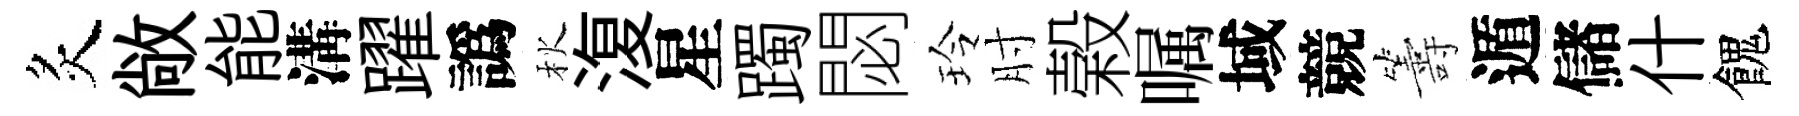
炙敞能溝躍譌秋𣸪星躅閟玲肘榖嘱域競籌遁儲什餽